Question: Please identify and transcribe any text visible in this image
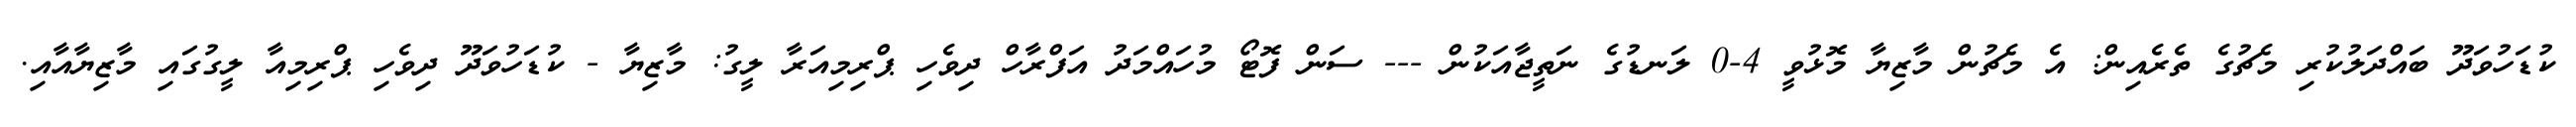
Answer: ކުޑަހުވަދޫ ބައްދަލުކުރި މެޗުގެ ތެރެއިން: އެ މެޗުން މާޒިޔާ މޮޅުވީ 4-0 ލަނޑުގެ ނަތީޖާއަކުން --- ސަން ފޮޓޯ މުހައްމަދު އަފްރާހް ދިވެހި ޕްރިމިއަރާ ލީގު: މާޒިޔާ - ކުޑަހުވަދޫ ދިވެހި ޕްރިމިއާ ލީގުގައި މާޒިޔާއާއި.